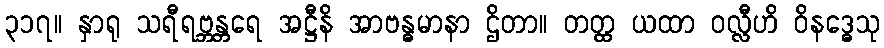
၃၁၇။ နှာရု သရီရဗ္ဘန္တရေ အဋ္ဌီနိ အာဗန္ဓမာနာ ဌိတာ။ တတ္ထ ယထာ ဝလ္လီဟိ ဝိနဒ္ဓေသု